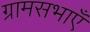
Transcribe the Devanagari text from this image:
ग्रामसभाएँ